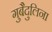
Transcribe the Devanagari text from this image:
गुबैदुलिना